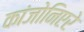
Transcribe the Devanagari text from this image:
कांजोनिएरे